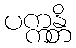
ပက္ကန္တိ